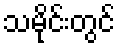
သမိုင်းတွင်